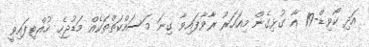
އަދި ކޯވިޑް-19 އާ ގުޅިގެން މިއަހަރު ރާވާފައިވާ ގިނަ މަސައްކަތްތަކެއް މަޑުޖެހި ހުއްޓިފައިވީ